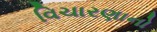
વિચારણાનો